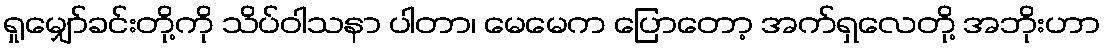
ရှုမျှော်ခင်းတို့ကို သိပ်ဝါသနာ ပါတာ၊ မေမေက ပြောတော့ အက်ရှလေတို့ အဘိုးဟာ